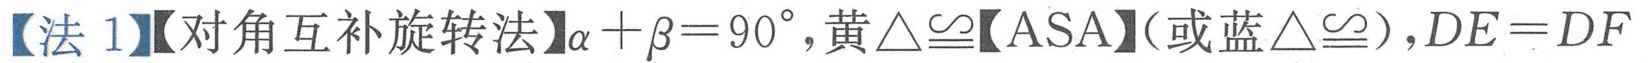
【法 1】【对角互补旋转法】$\alpha+\beta = 90^{\circ},$黄$\triangle\cong$【ASA】(或蓝$\triangle\cong$),$DE = DF$